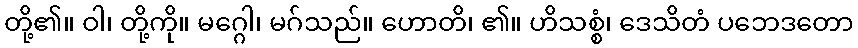
တို့၏။ ဝါ၊ တို့ကို။ မဂ္ဂေါ၊ မဂ်သည်။ ဟောတိ၊ ၏။ ဟိသစ္စံ၊ ဒေသိတံ ပဘေဒတော